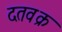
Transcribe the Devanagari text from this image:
दतवक्र